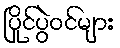
ပြိုင်ပွဲဝင်များ